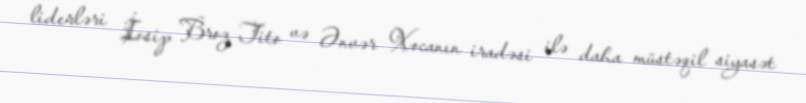
liderləri İosip Broz Tito və Ənvər Xocanın iradəsi ilə daha müstəqil siyasət